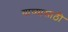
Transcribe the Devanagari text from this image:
याच्यासाठी